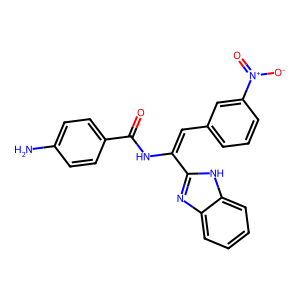
SMILES: Nc1ccc(C(=O)NC(=Cc2cccc([N+](=O)[O-])c2)c2nc3ccccc3[nH]2)cc1
Inhibits HIV replication: No